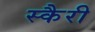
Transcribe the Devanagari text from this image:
स्कैरी